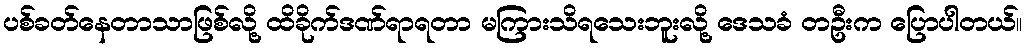
ပစ်ခတ်နေတာသာဖြစ်လို့ ထိခိုက်ဒဏ်ရာရတာ မကြားသိရသေးဘူးလို့ ဒေသခံ တဦးက ပြောပါတယ်။